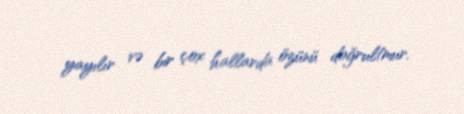
yayılır və bir çox hallarda özünü doğrultmur.